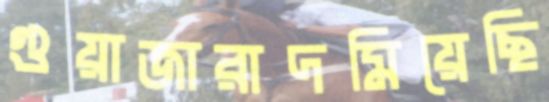
গুয়াজারাদমিয়েছি